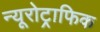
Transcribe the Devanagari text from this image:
न्यूरोट्राफिक